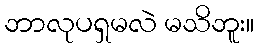
ဘာလုပရှမလဲ မသိဘူး။